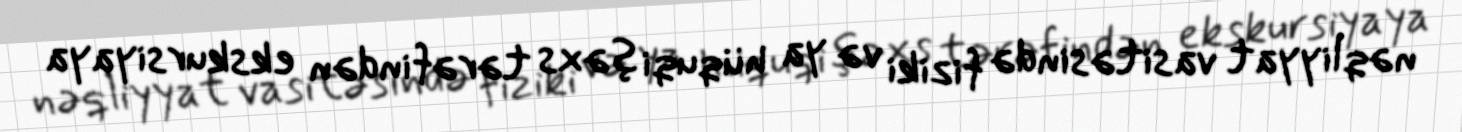
nəqliyyat vasitəsində fiziki və ya hüquqi şəxs tərəfindən ekskursiyaya